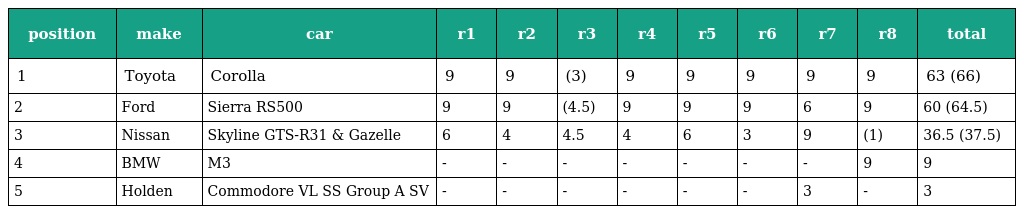
| position | make | car | r1 | r2 | r3 | r4 | r5 | r6 | r7 | r8 | total |
 | --- | --- | --- | --- | --- | --- | --- | --- | --- | --- | --- | --- |
 | 1 | Toyota | Corolla | 9 | 9 | (3) | 9 | 9 | 9 | 9 | 9 | 63 (66) |
 | 2 | Ford | Sierra RS500 | 9 | 9 | (4.5) | 9 | 9 | 9 | 6 | 9 | 60 (64.5) |
 | 3 | Nissan | Skyline GTS-R31 & Gazelle | 6 | 4 | 4.5 | 4 | 6 | 3 | 9 | (1) | 36.5 (37.5) |
 | 4 | BMW | M3 | - | - | - | - | - | - | - | 9 | 9 |
 | 5 | Holden | Commodore VL SS Group A SV | - | - | - | - | - | - | 3 | - | 3 |